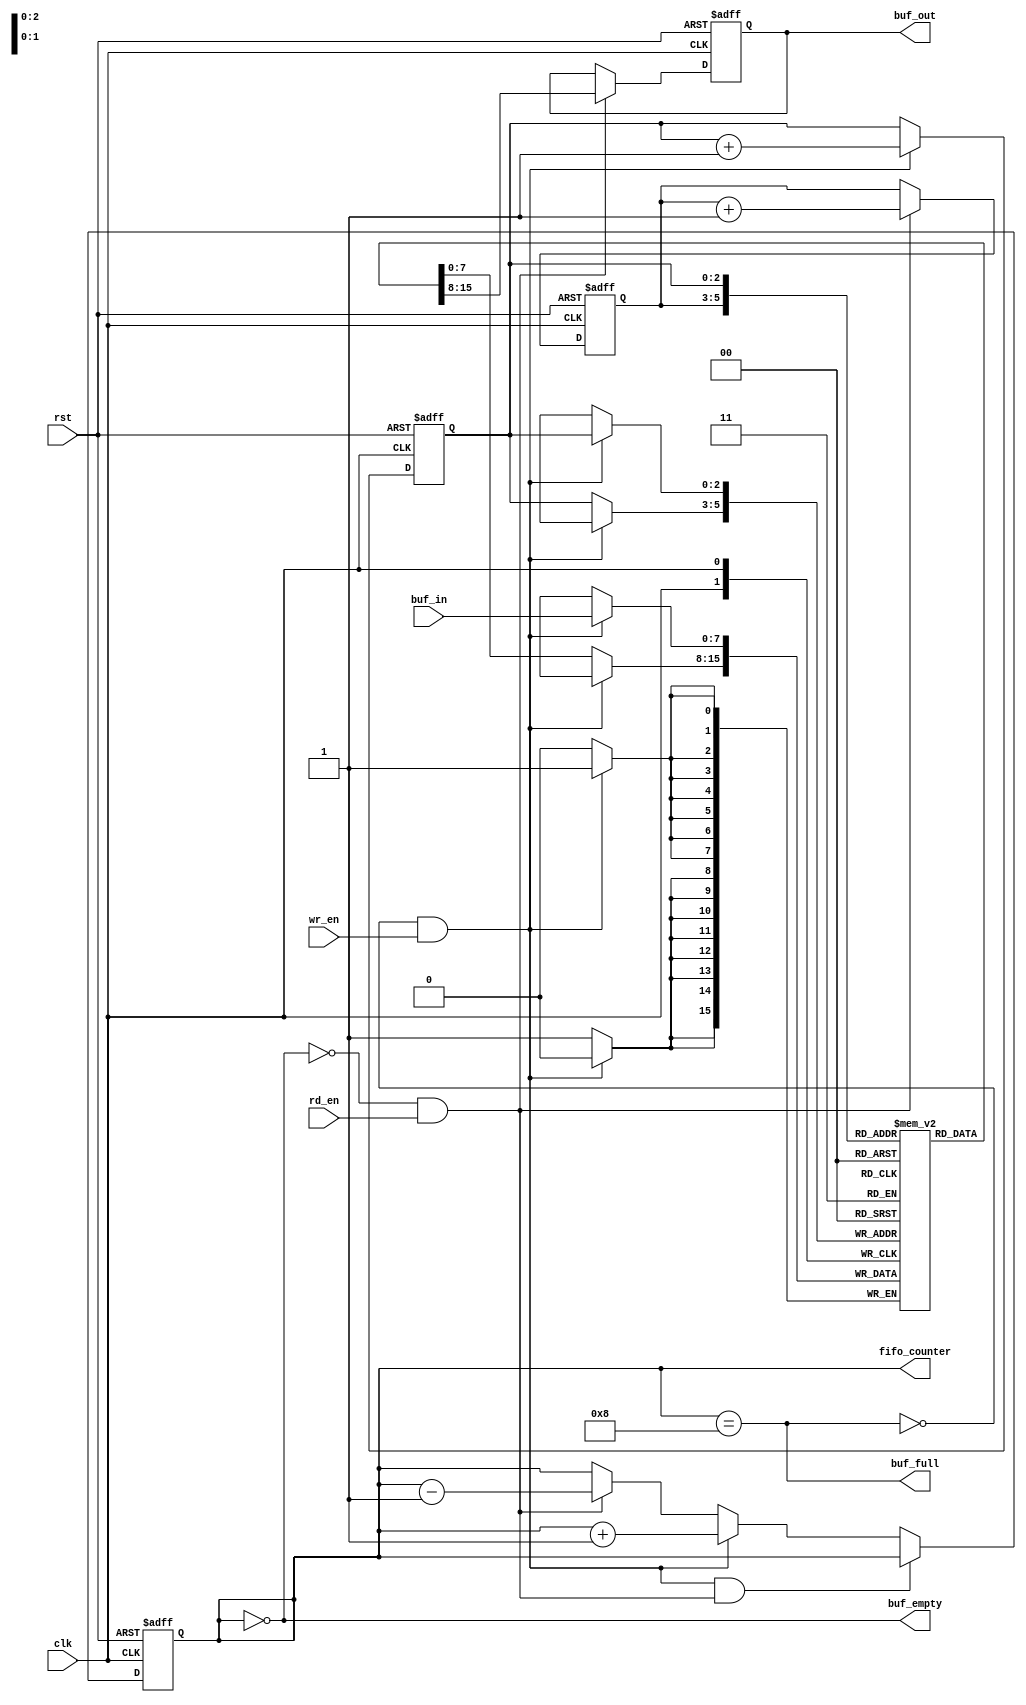
module efifo(
             input                    clk,
             input                    rst,
             input [7:0]              buf_in, // data input to be pushed to buffer
             output reg [7:0]         buf_out, // port to output the data
             input                    wr_en,
             input                    rd_en,
             output reg               buf_empty,
             output reg               buf_full,
             output reg [BUF_WIDTH:0] fifo_counter // number of data pushed in to buffer
             );

   // BUF_SIZE = 16 -> BUF_WIDTH = 4, no. of bits to be used in pointer
   parameter BUF_WIDTH = 3;
   localparam BUF_SIZE = (1<<BUF_WIDTH);

   // pointer to read and write addresses
   reg [BUF_WIDTH-1:0]                rd_ptr, wr_ptr;
   reg [7:0]                          buf_mem[BUF_SIZE-1:0];

   always @(fifo_counter) begin
      buf_empty = (fifo_counter == 0);
      buf_full = (fifo_counter == BUF_SIZE);
   end

   always @(posedge clk or posedge rst) begin
      if (rst)
        fifo_counter <= 0;
      else if ((!buf_full && wr_en) && (!buf_empty && rd_en))
        fifo_counter <= fifo_counter;
      else if (!buf_full && wr_en)
        fifo_counter <= fifo_counter + 1;
      else if (!buf_empty && rd_en)
        fifo_counter <= fifo_counter - 1;
      else
        fifo_counter <= fifo_counter;
   end

   always @(posedge clk or posedge rst) begin
      if (rst)
        buf_out <= 0;
      else begin
         if (rd_en && !buf_empty)
           buf_out <= buf_mem[rd_ptr];
         else
           buf_out <= buf_out;
      end
   end

   always @(posedge clk) begin
      if (wr_en && !buf_full)
        buf_mem[wr_ptr] <= buf_in;
      else
        buf_mem[wr_ptr] <= buf_mem[wr_ptr];
   end

   always @(posedge clk or posedge rst) begin
      if (rst) begin
         wr_ptr <= 0;
         rd_ptr <= 0;
      end else begin
         if (!buf_full && wr_en)
           wr_ptr <= wr_ptr + 1;
         else
           wr_ptr <= wr_ptr;

         if (!buf_empty && rd_en)
           rd_ptr <= rd_ptr + 1;
         else
           rd_ptr <= rd_ptr;
      end
   end
endmodule